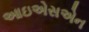
આઇએસએન